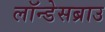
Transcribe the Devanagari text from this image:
लॉन्डेसब्राउ